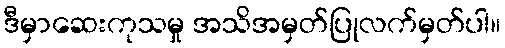
ဒီမှာဆေးကုသမှု အသိအမှတ်ပြုလက်မှတ်ပါ။